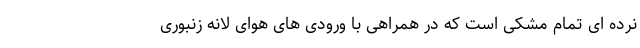
نرده ای تمام مشکی است که در همراهی با ورودی های هوای لانه زنبوری